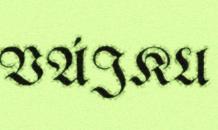
VÁJKU